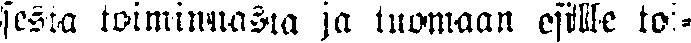
sesta toiminnasta ja tuomaan esille to-